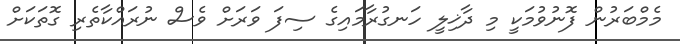
މެމްބަރުން ފޮނުވުމަކީ މި ދާޚިލީ ހަނގުރާމައިގެ ސިފަ ވަރަށް ވެސް ނުރައްކާތެރި ގޮތަކަށް